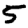
Digit: 5